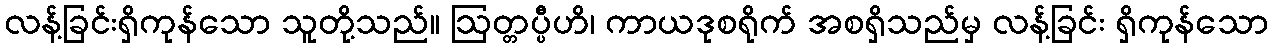
လန့်ခြင်းရှိကုန်သော သူတို့သည်။ ဩတ္တပ္ပီဟိ၊ ကာယဒုစရိုက် အစရှိသည်မှ လန့်ခြင်း ရှိကုန်သော